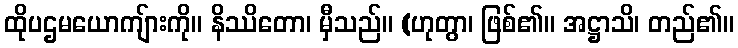
ထိုပဌမယောကျ်ားကို။ နိဿိတော၊ မှီသည်။ (ဟုတွာ၊ ဖြစ်၏။ အဋ္ဌာသိ၊ တည်၏။